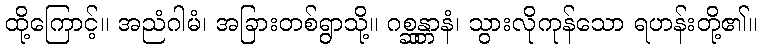
ထို့ကြောင့်။ အညံဂါမံ၊ အခြားတစ်ရွာသို့။ ဂစ္ဆန္တာနံ၊ သွားလိုကုန်သော ရဟန်းတို့၏။